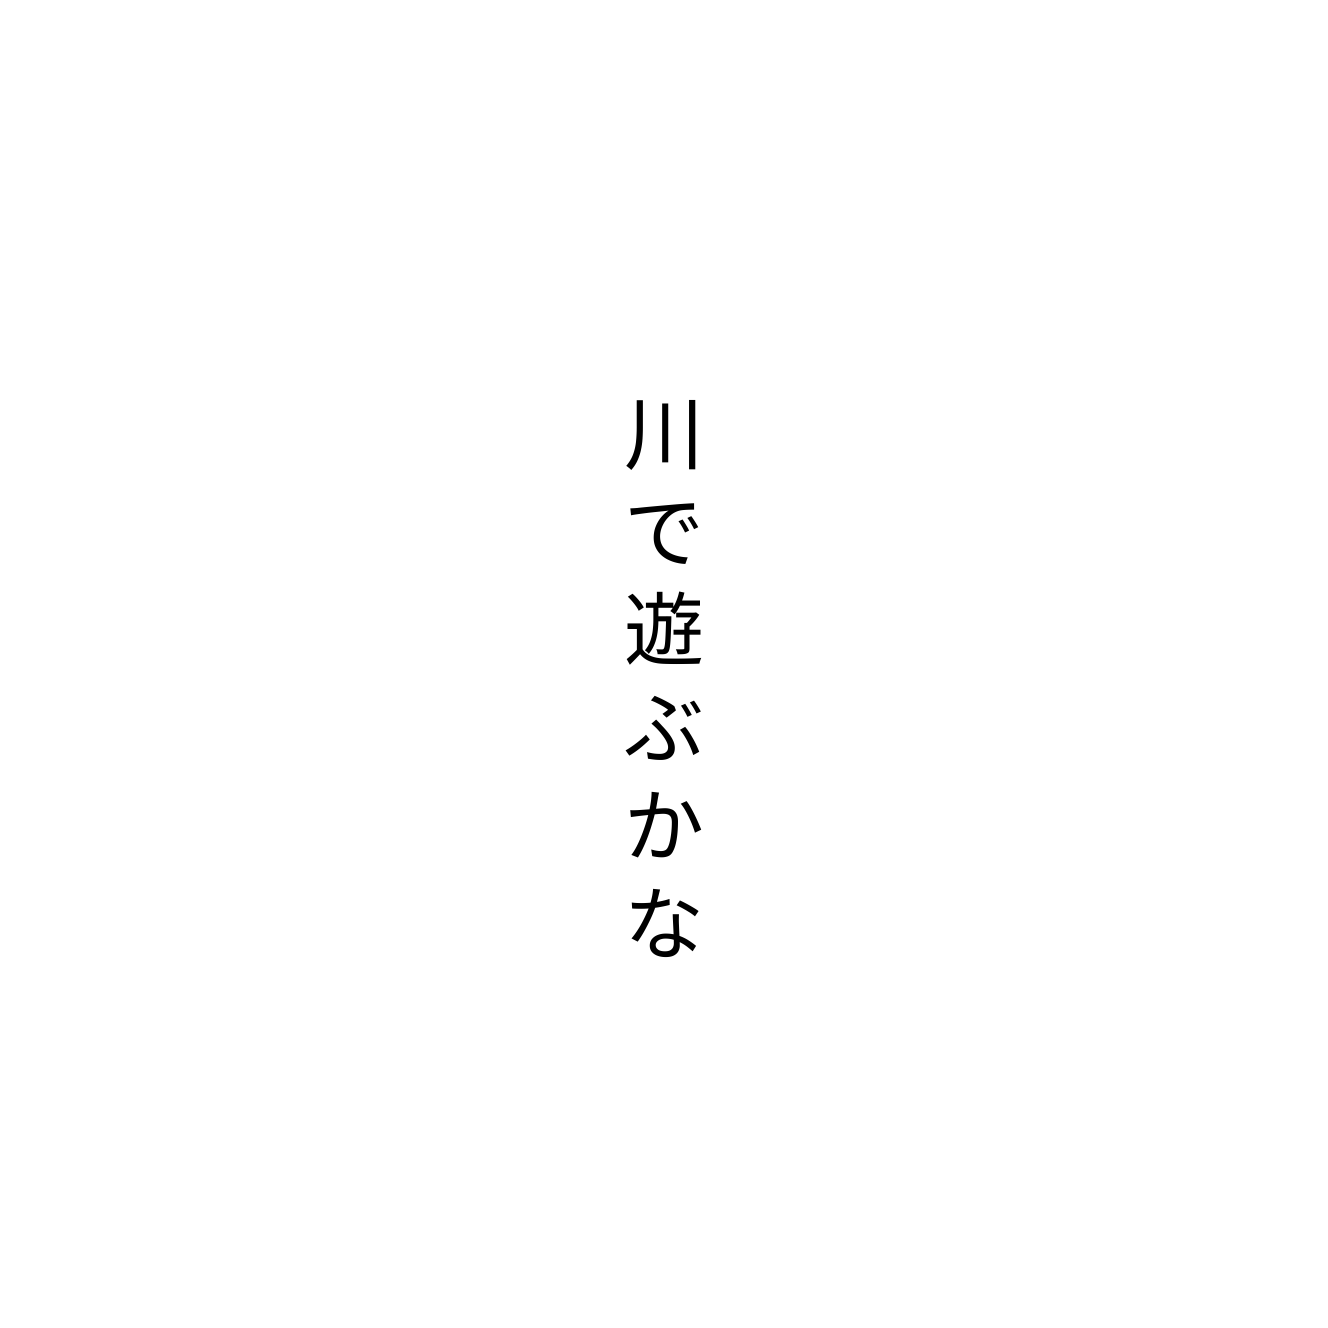
川で遊ぶかな